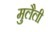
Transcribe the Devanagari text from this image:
मुलैली